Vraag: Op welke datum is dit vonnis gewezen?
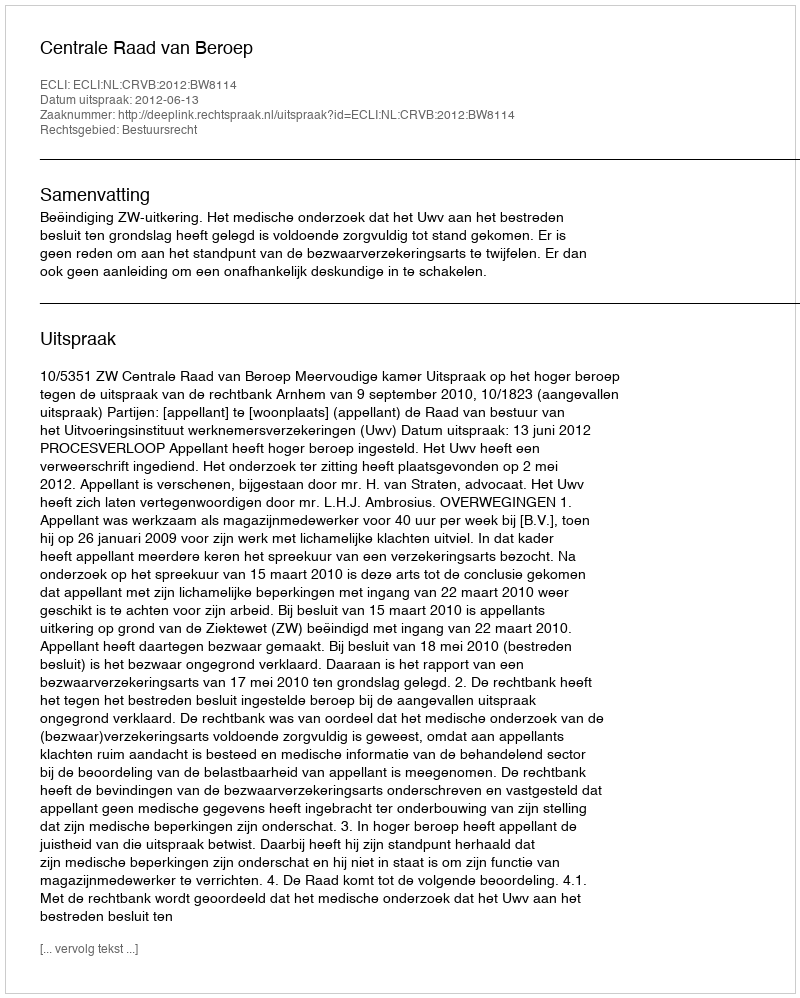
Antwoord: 2012-06-13